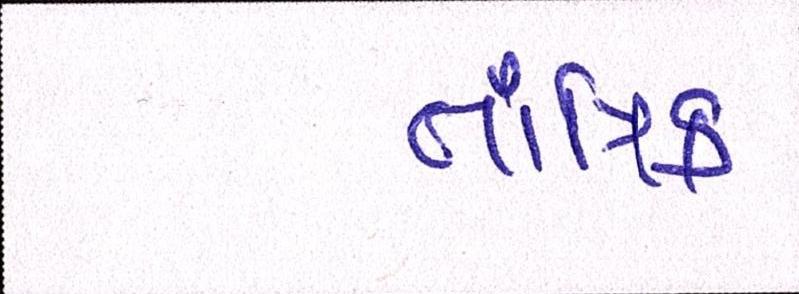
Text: તાંત્રિક